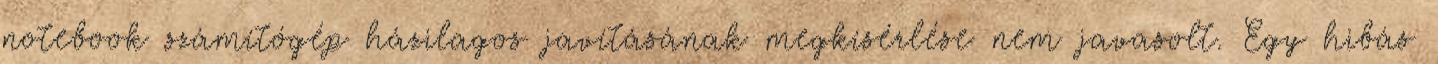
notebook számítógép házilagos javításának megkísérlése nem javasolt. Egy hibás